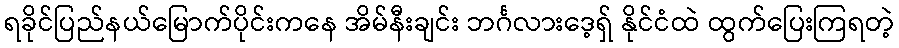
ရခိုင်ပြည်နယ်မြောက်ပိုင်းကနေ အိမ်နီးချင်း ဘင်္ဂလားဒေ့ရှ် နိုင်ငံထဲ ထွက်ပြေးကြရတဲ့